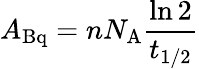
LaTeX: A_{\mathrm{Bq}}=nN_{\mathrm{A}}{\frac{\ln 2}{t_{1/2}}}